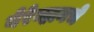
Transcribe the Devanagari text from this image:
येरेव्हानचे